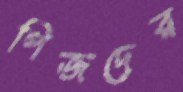
পিজদের